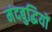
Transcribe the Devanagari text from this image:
मंदबुद्धियों